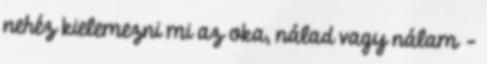
nehéz kielemezni mi az oka, nálad vagy nálam -